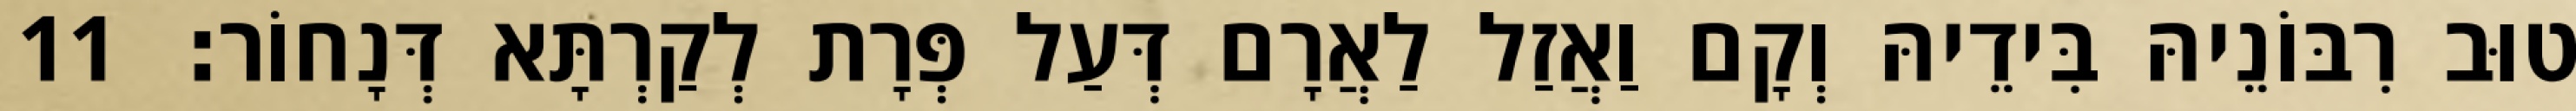
טוּב רִבּוֹנֵיהּ בִּידֵיהּ וְקָם וַאֲזַל לַאֲרָם דְּעַל פְּרָת לְקַרְתָּא דְּנָחוֹר׃ 11